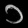
Digit: ၁